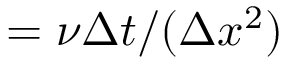
= \nu \Delta t / ( \Delta x ^ { 2 } )